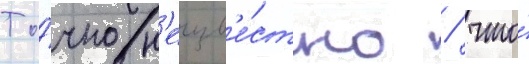
То́чно н'еизв'е́стно / что́